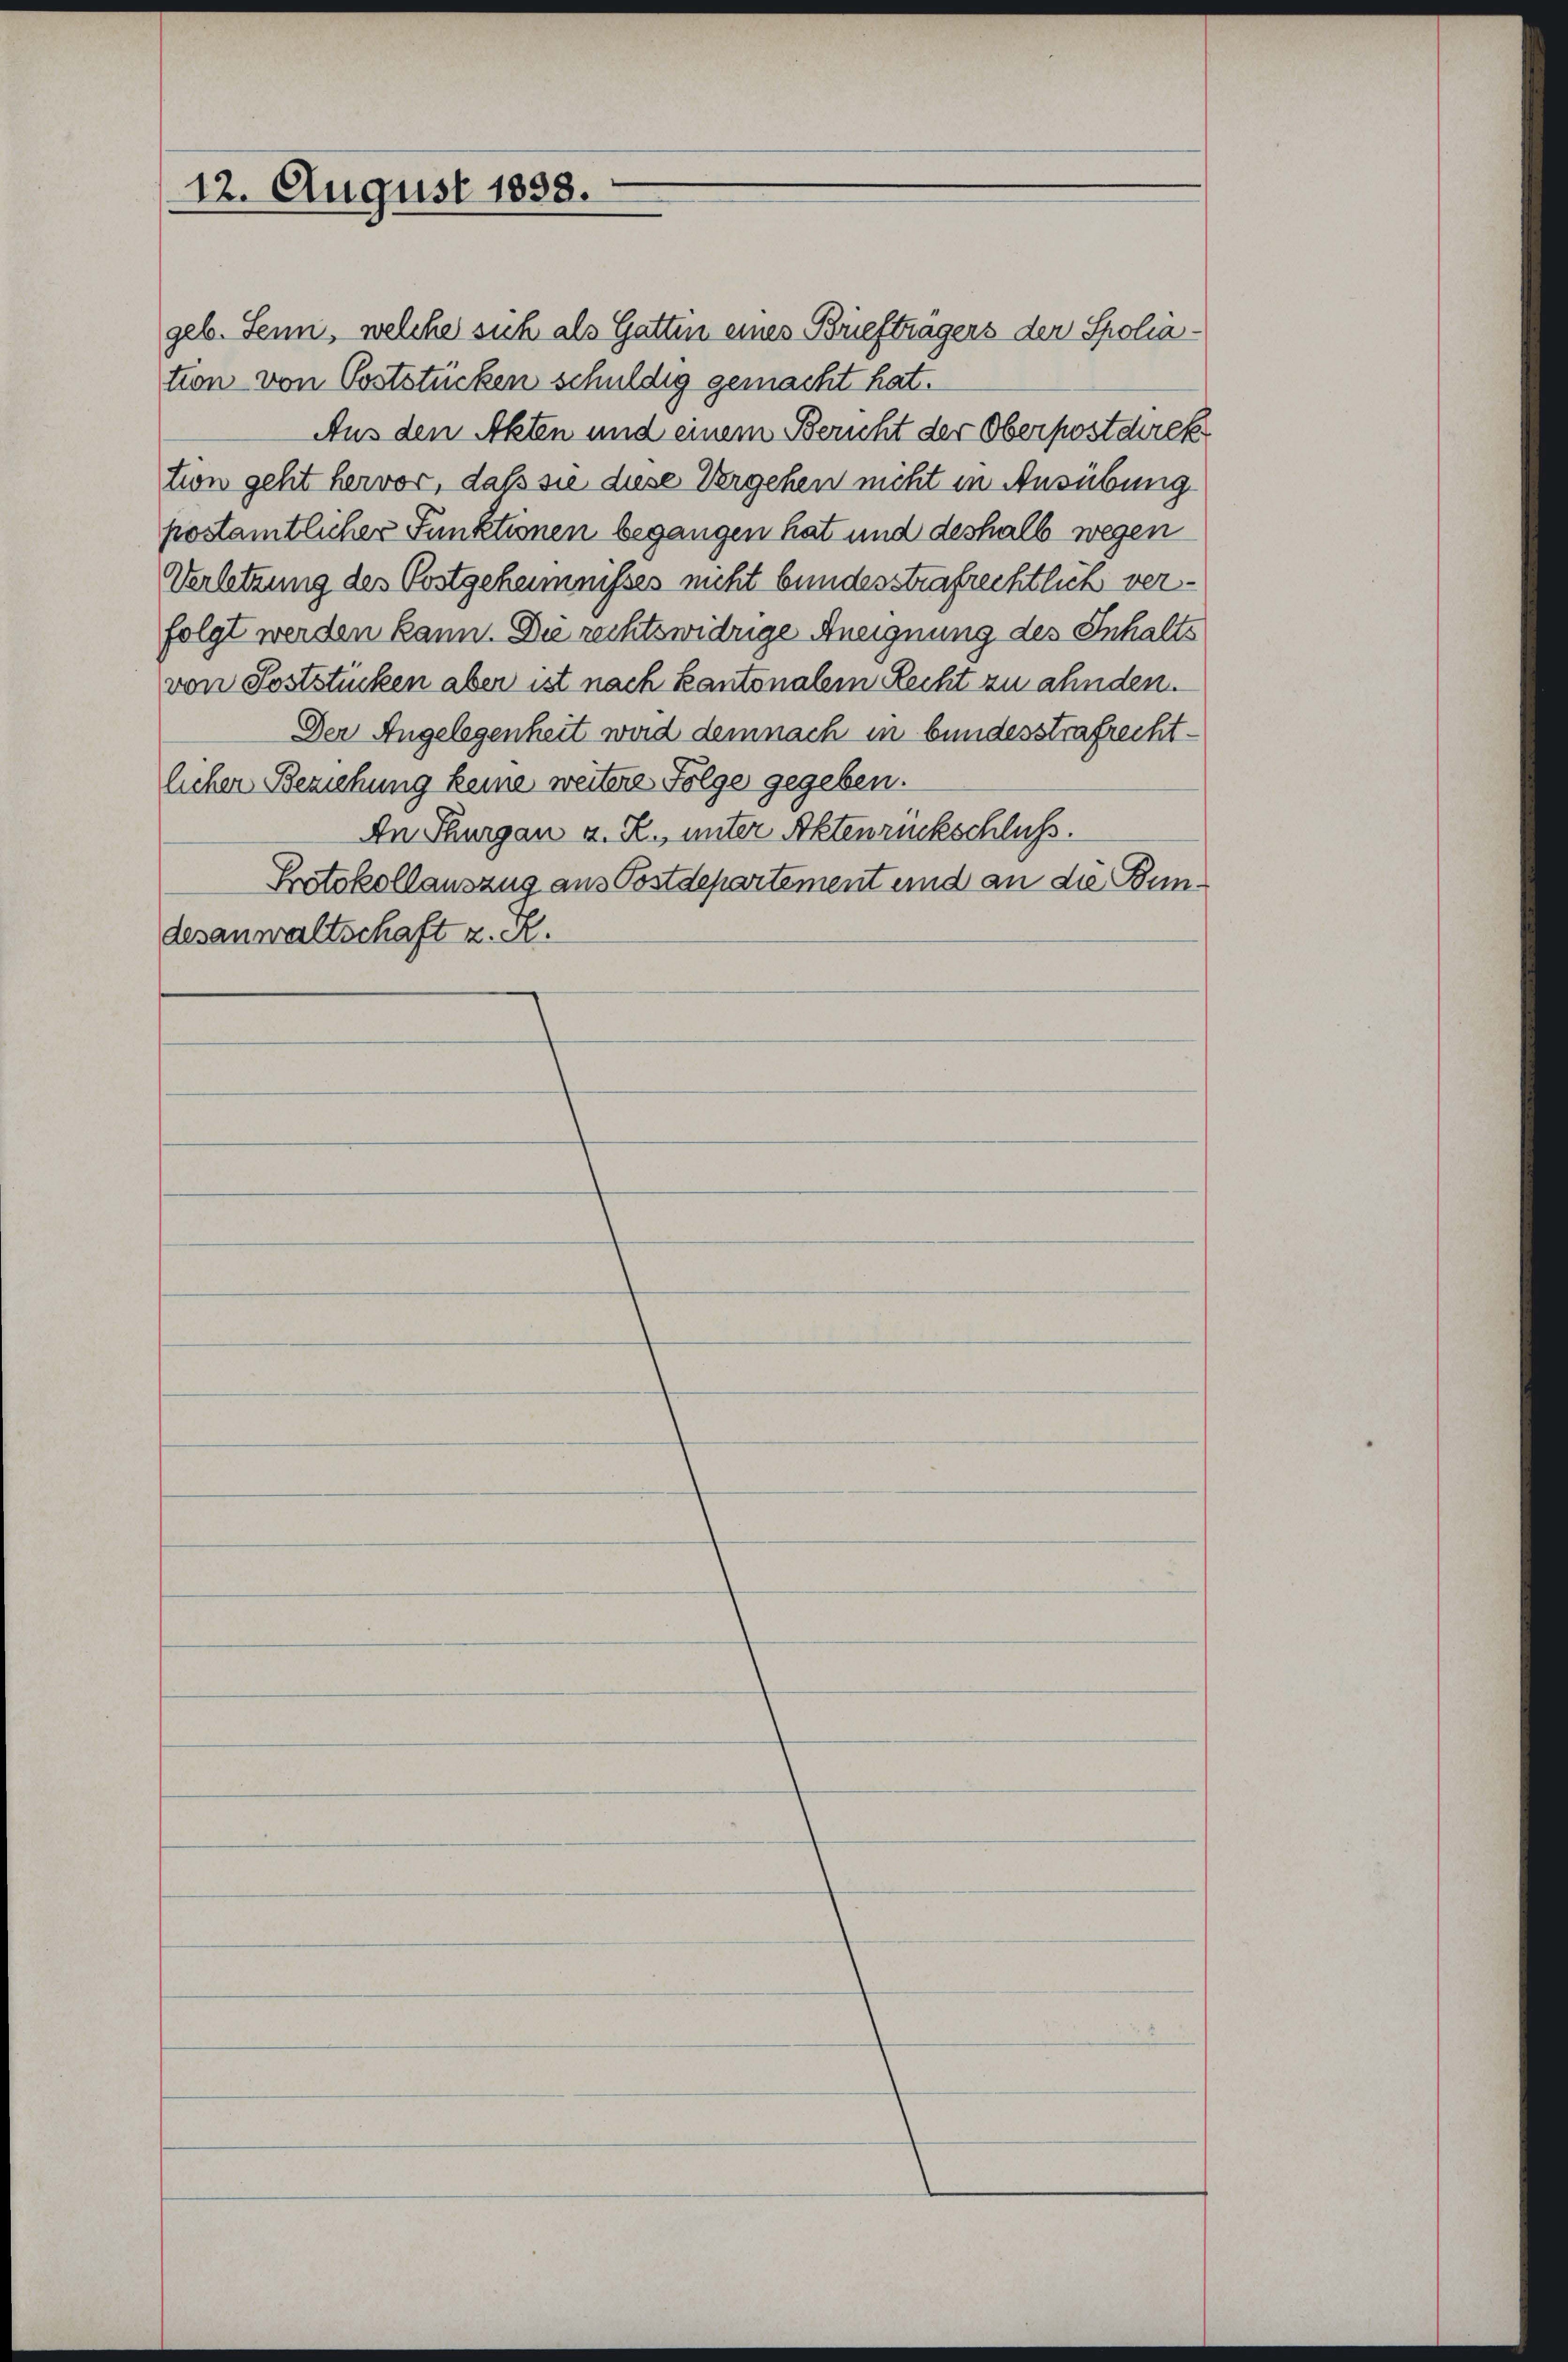
12. August 1858.

geb. Senn, welche sich als Gattin eines Briefträgers der Spoliation von Poststücken schuldig gemacht hat.
Aus den Akten und einem Bericht der Oberpostdirek
tion geht hervor, daß sie diese Vergehen nicht in Ausübung
postamtlicher Funktionen begangen hat und deshalb wegen
Verletzung des Postgeheimnisses nicht bundesstrafrechtlich verfolgt werden kann. Die rechtswidrige Aneignung des Inhalts
von Soststücken aber ist nach kantonalem Recht zu ahnden.
Der Angelegenheit wird demnach in bundesstrafrechtlicher Beziehung keine weitere Folge gegeben.
An Thurgau a. R., unter Aktenrückschluß.
Protokollauszug aus Postdepartement und an die Bundesanwaltschaft z. R.